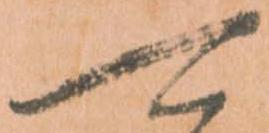
可